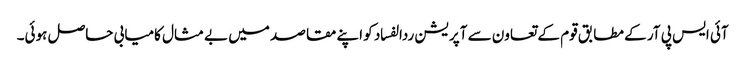
آئی ایس پی آر کے مطابق قوم کے تعاون سے آپریشن ردالفساد کو اپنے مقاصد میں بے مثال کامیابی حاصل ہوئی۔